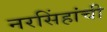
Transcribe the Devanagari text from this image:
नरसिंहांची